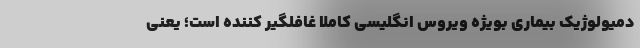
دمیولوژیک بیماری بویژه ویروس انگلیسی کاملا غافلگیر کننده است؛ یعنی